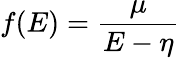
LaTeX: f(E)=\frac{\mu}{E-\eta}